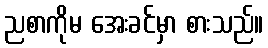
ညစာကိုမ အေးခင်မှာ စားသည်။